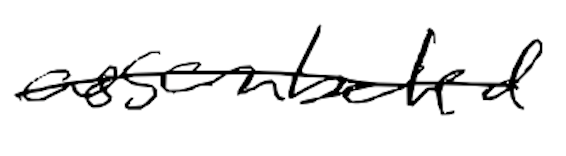
Text: assembled
Cross-out: single-line
Writing tool: digital_black